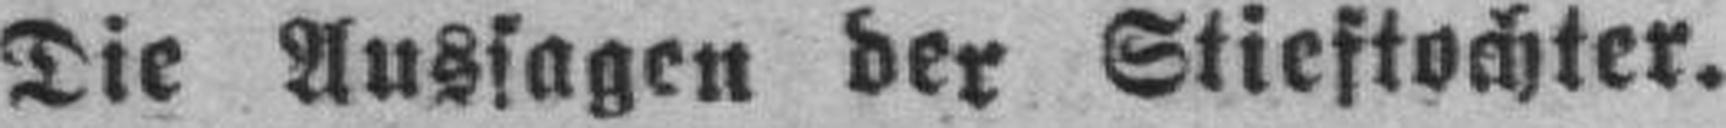
Die Aussagen der Stieftochter.